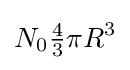
N_{0}{\tfrac {4}{3}}\pi R^{3}